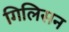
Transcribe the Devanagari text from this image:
गिलिसन